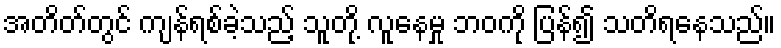
အတိတ်တွင် ကျန်ရစ်ခဲ့သည့် သူတို့ လူနေမှု ဘဝကို ပြန်၍ သတိရနေသည်။